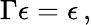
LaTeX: \Gamma\epsilon=\epsilon\, ,